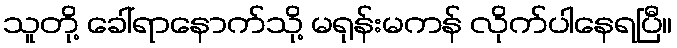
သူတို့ ခေါ်ရာနောက်သို့ မရုန်းမကန် လိုက်ပါနေရပြီ။